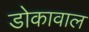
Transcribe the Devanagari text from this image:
डोकावाल